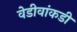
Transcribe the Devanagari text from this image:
वेडीवांकडी